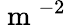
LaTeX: \mathrm{~m~}^{-2}